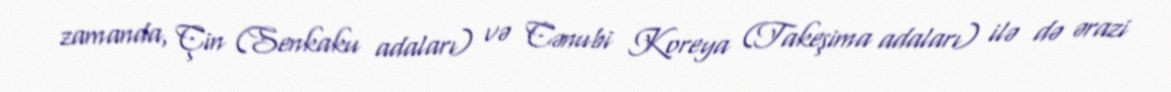
zamanda, Çin (Senkaku adaları) və Cənubi Koreya (Takeşima adaları) ilə də ərazi